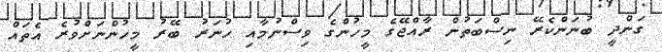
ގަންދީ ބުނަންކެރޭ ނިސްބަތުން ރާއްޖޭގެ މީހުންގެ ވިސްނުމާއި ހުނަރު ބޭރު މީހުންނަށްވުރެ އެތައް